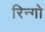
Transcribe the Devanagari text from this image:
रिन्गो